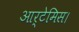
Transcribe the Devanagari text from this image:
आर्टेमिस।